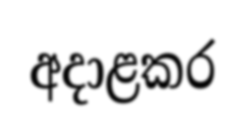
අදාළකර